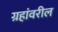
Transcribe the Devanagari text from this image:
ग्रहांवरील